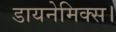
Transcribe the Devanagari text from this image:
डायनेमिक्स।